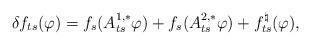
LaTeX: \begin{align*}\delta f_{ts}(\varphi) = f_s (A^{1,*}_{ts}\varphi ) + f_s(A^{2,*}_{ts}\varphi) + f^\natural_{ts}(\varphi),\end{align*}